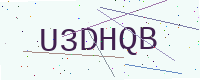
Text: U3DHQB